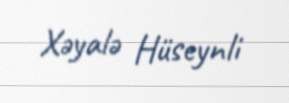
Xəyalə Hüseynli